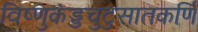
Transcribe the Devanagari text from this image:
विष्णुकंड्डचुटुसातकर्णि